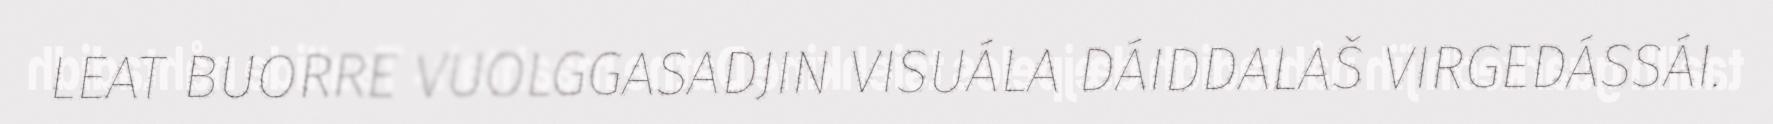
LEAT BUORRE VUOLGGASADJIN VISUÁLA DÁIDDALAŠ VIRGEDÁSSÁI.